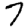
Digit: 7